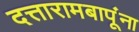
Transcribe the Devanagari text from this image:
दत्तारामबापूंना